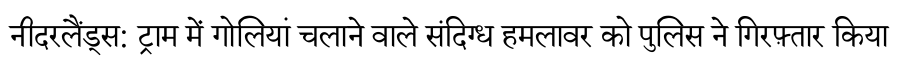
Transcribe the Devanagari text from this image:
नीदरलैंड्स: ट्राम में गोलियां चलाने वाले संदिग्ध हमलावर को पुलिस ने गिरफ़्तार किया